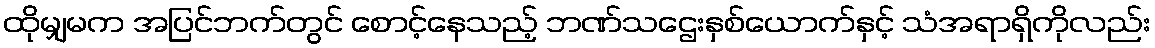
ထိုမျှမက အပြင်ဘက်တွင် စောင့်နေသည့် ဘဏ်သဌေးနှစ်ယောက်နှင့် သံအရာရှိကိုလည်း